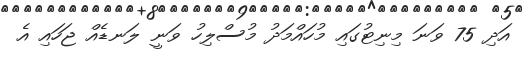
އަދި 75 ވަނަ މިނިޓުގައި މުހައްމަދު މުސްލިހު ވަނީ ލަނޑެއް ޖަހައި އެ